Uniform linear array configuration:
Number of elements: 32
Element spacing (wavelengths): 0.25
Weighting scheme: exponential
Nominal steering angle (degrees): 60
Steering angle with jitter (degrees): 59.03
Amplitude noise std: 0.05
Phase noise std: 0.05

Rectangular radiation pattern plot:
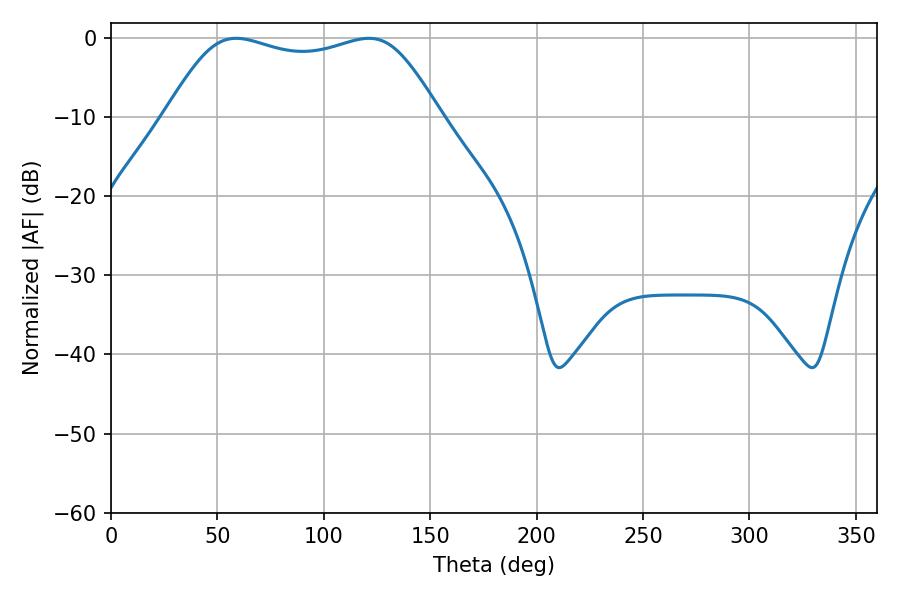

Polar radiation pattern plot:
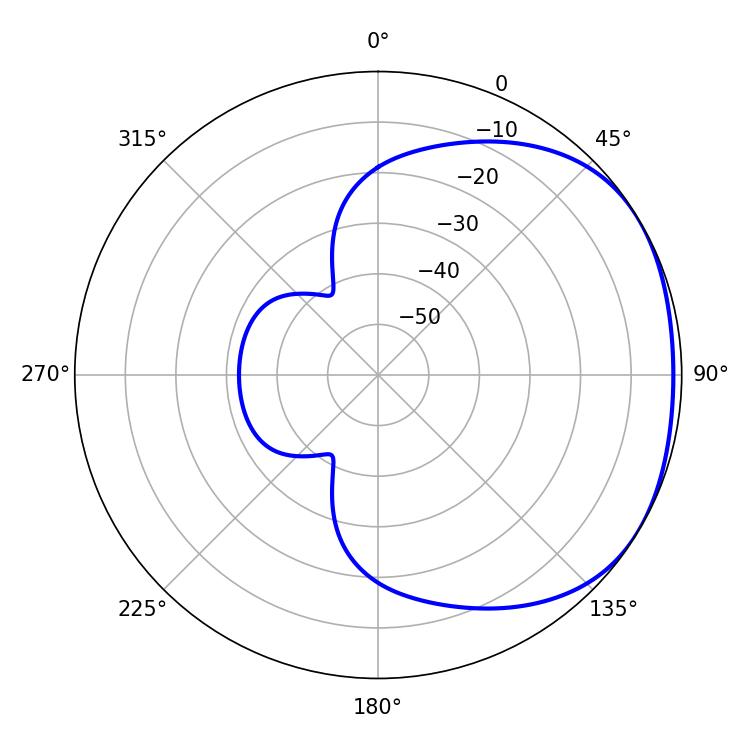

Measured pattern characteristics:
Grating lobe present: FALSE
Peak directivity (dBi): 1.732
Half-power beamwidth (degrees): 98.64
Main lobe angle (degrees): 58.86